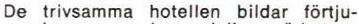
De trivsamma hotellen bildar förtiu-